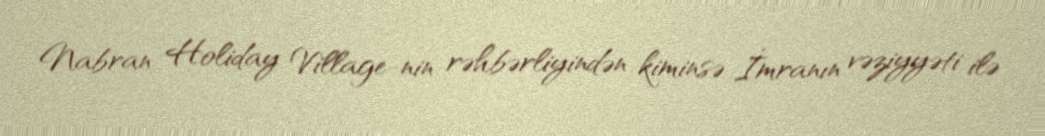
Nabran Holiday Village-nin rəhbərliyindən kiminsə İmranın vəziyyəti ilə